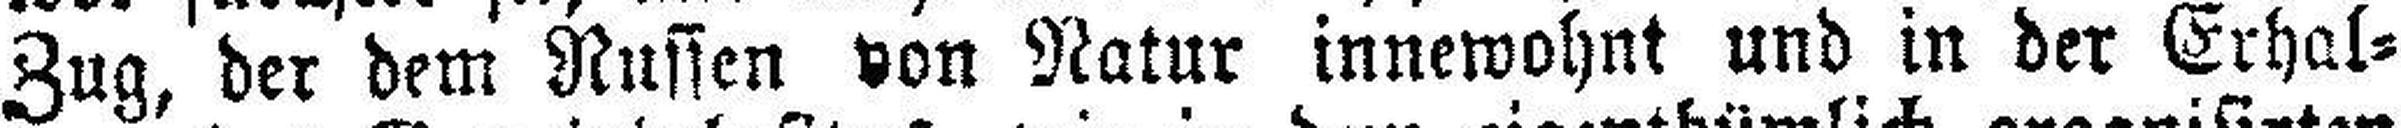
Zug, der dem Russen von Natur innewohnt und in der Erhal¬